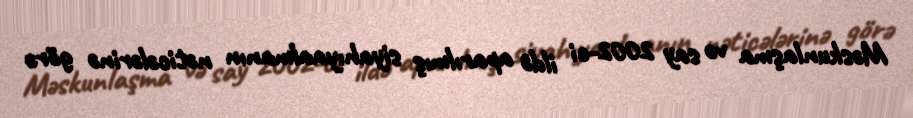
Məskunlaşma və say 2002-ci ildə aparılmış siyahıyaalmanın nəticələrinə görə